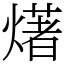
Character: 𤏸